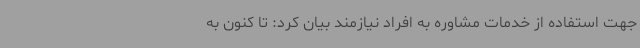
جهت استفاده از خدمات مشاوره به افراد نیازمند بیان کرد: تا کنون به